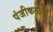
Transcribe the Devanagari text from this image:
पंजीकर्ताओं